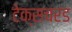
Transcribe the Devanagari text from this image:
टेक्सचरड